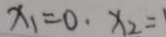
x _ { 1 } = 0 . x _ { 2 } = 1